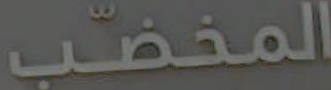
المخصب